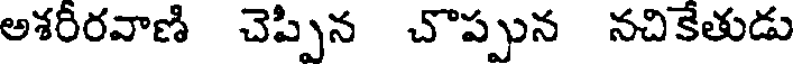
అశరీరవాణి చెప్పిన చొప్పున నచికేతుడు